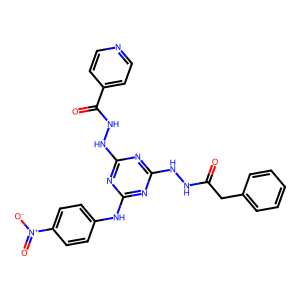
SMILES: O=C(Cc1ccccc1)NNc1nc(NNC(=O)c2ccncc2)nc(Nc2ccc([N+](=O)[O-])cc2)n1
Inhibits HIV replication: No